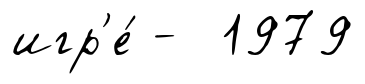
игр'е́ - 1979